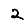
Digit: 2